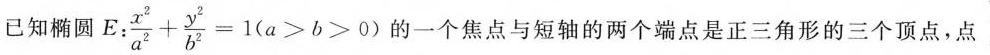
已知椭圆 $$E: \frac { x ^ { 2 } } { a ^ { 2 } } + \frac { y ^ { 2 } } { b ^ { 2 } } = 1 ( a > b > 0 )$$的一个焦点与短轴的两个端点是正三角形的三个顶点，点